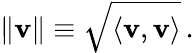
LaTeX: \lVert\mathbf{v}\rVert\equiv{\sqrt{\langle\mathbf{v},\mathbf{v}\rangle}}\, .